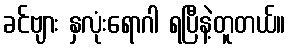
ခင်ဗျား နှလုံးရောဂါ ရပြီနဲ့တူတယ်။